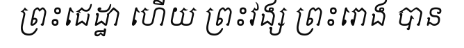
ព្រះជេដ្ឋា ហើយ ព្រះវង្ស ព្រះរោង បាន